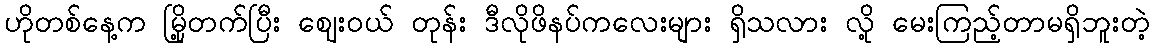
ဟိုတစ်နေ့က မြို့တက်ပြီး ဈေးဝယ် တုန်း ဒီလိုဖိနပ်ကလေးများ ရှိသလား လို့ မေးကြည့်တာမရှိဘူးတဲ့